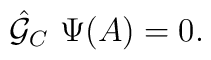
{\hat {\cal G}}_C \ \Psi(A)=0.